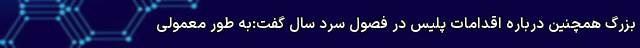
بزرگ همچنین درباره اقدامات پلیس در فصول سرد سال گفت:به طور معمولی